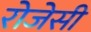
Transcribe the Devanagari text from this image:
रोजेसी